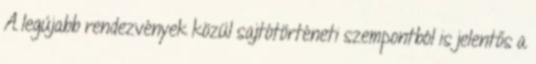
A legújabb rendezvények közül sajtótörténeti szempontból is jelentős a